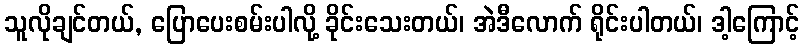
သူလိုချင်တယ်, ပြောပေးစမ်းပါလို့ ခိုင်းသေးတယ်၊ အဲဒီလောက် ရိုင်းပါတယ်၊ ဒါ့ကြောင့်